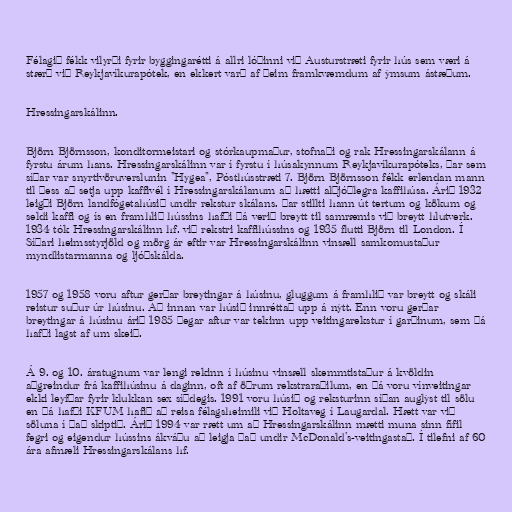
Félagið fékk vilyrði fyrir byggingarétti á allri lóðinni við Austurstræti fyrir hús sem væri á
stærð við Reykjavíkurapótek, en ekkert varð af þeim framkvæmdum af ýmsum ástæðum.

Hressingarskálinn.

Björn Björnsson, konditormeistari og stórkaupmaður, stofnaði og rak Hressingarskálann á
fyrstu árum hans. Hressingarskálinn var í fyrstu í húsakynnum Reykjavíkurapóteks, þar sem
síðar var snyrtivöruverslunin "Hygea", Pósthússtræti 7. Björn Björnsson fékk erlendan mann
til þess að setja upp kaffivél í Hressingarskálanum að hætti alþjóðlegra kaffihúsa. Árið 1932
leigði Björn landfógetahúsið undir rekstur skálans. Þar stillti hann út tertum og kökum og
seldi kaffi og ís en framhlið hússins hafði þá verið breytt til samræmis við breytt hlutverk.
1934 tók Hressingarskálinn hf. við rekstri kaffihússins og 1935 flutti Björn til London. Í
Síðari heimsstyrjöld og mörg ár eftir var Hressingarskálinn vinsæll samkomustaður
myndlistarmanna og ljóðskálda.

1957 og 1958 voru aftur gerðar breytingar á húsinu, gluggum á framhlið var breytt og skáli
reistur suður úr húsinu. Að innan var húsið innréttað upp á nýtt. Enn voru gerðar
breytingar á húsinu árið 1985 þegar aftur var tekinn upp veitingarekstur í garðinum, sem þá
hafði lagst af um skeið.

Á 9. og 10. áratugnum var lengi rekinn í húsinu vinsæll skemmtistaður á kvöldin
aðgreindur frá kaffihúsinu á daginn, oft af öðrum rekstraraðilum, en þá voru vínveitingar
ekki leyfðar fyrir klukkan sex síðdegis. 1991 voru húsið og reksturinn síðan auglýst til sölu
en þá hafði KFUM hafið að reisa félagsheimili við Holtaveg í Laugardal. Hætt var við
söluna í það skiptið. Árið 1994 var rætt um að Hressingarskálinn mætti muna sinn fífil
fegri og eigendur hússins ákváðu að leigja það undir McDonald's-veitingastað. Í tilefni af 60
ára afmæli Hressingarskálans hf.